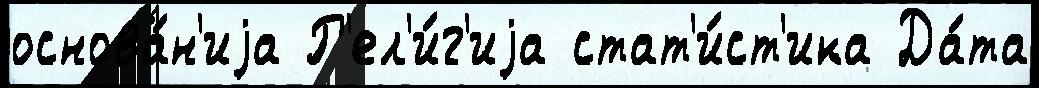
основа́н'иjа Р'ел'и́г'иjа стат'и́ст'ика Да́та